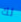
لك